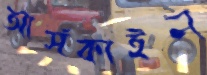
আর্সকাইন